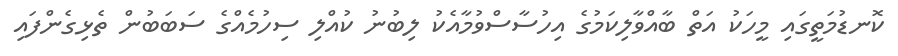
ކޮނޑުމަތީގައި މީހަކު އަތް ބާއްވާލިކަމުގެ އިހުސާސްވުމާއެކު ލިބުނު ކުއްލި ސިހުމެއްގެ ސަބަބުން ތެޅިގެންފައި